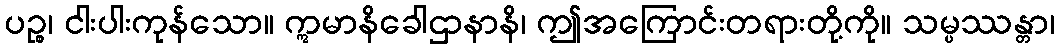
ပဉ္စ၊ ငါးပါးကုန်သော။ ဣမာနိခေါဌာနာနိ၊ ဤအကြောင်းတရားတို့ကို။ သမ္ပဿန္တာ၊